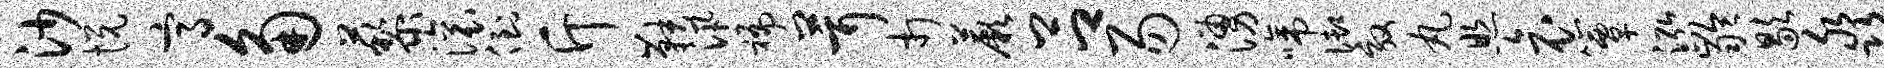
沙悦高角藜滚倒斤鞅汛褊茸打蕨吕易涌啼御效丸照哀簟泓龄歇淼